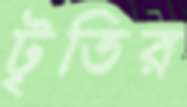
টৃতির